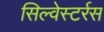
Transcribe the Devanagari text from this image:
सिल्वेस्टर्रस